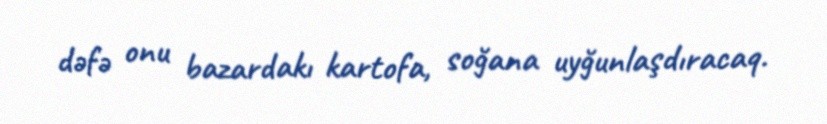
dəfə onu bazardakı kartofa, soğana uyğunlaşdıracaq.